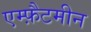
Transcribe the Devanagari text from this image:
एम्फ़ैटमीन